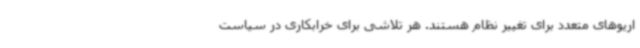
اریوهای متعدد برای تغییر نظام هستند. هر تلاشی برای خرابکاری در سیاست